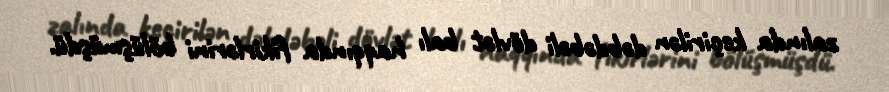
zalında keçirilən dəbdəbəli dövlət balı haqqında fikirlərini bölüşmüşdü.